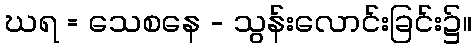
ဃရ = သေစနေ - သွန်းလောင်းခြင်း၌။